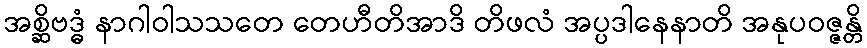
အစ္ဆိဗဒ္ဓံ နာဂါဝါသသတေ တေဟီတိအာဒိ တိဖလံ အပ္ပဒါနေနာတိ အနုပဝဇ္ဇန္တိ